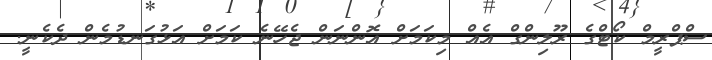
ސްޕްރީމް ކޯޓްގެ ރޫލިންގް އެއް މިކަމަށް އޮންނަން ޖެހޭނެ ކަމަށް އަޅުގަނޑުމެން ދެކެނީ.